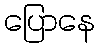
ပြောနေ